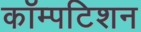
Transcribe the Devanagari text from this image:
कॉम्पटिशन